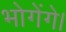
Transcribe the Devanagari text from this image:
भोगेंगे।